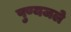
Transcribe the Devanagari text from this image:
पुण्यजले